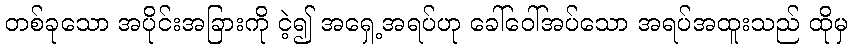
တစ်ခုသော အပိုင်းအခြားကို ငဲ့၍ အရှေ့အရပ်ဟု ခေါ်ဝေါ်အပ်သော အရပ်အထူးသည် ထိုမှ